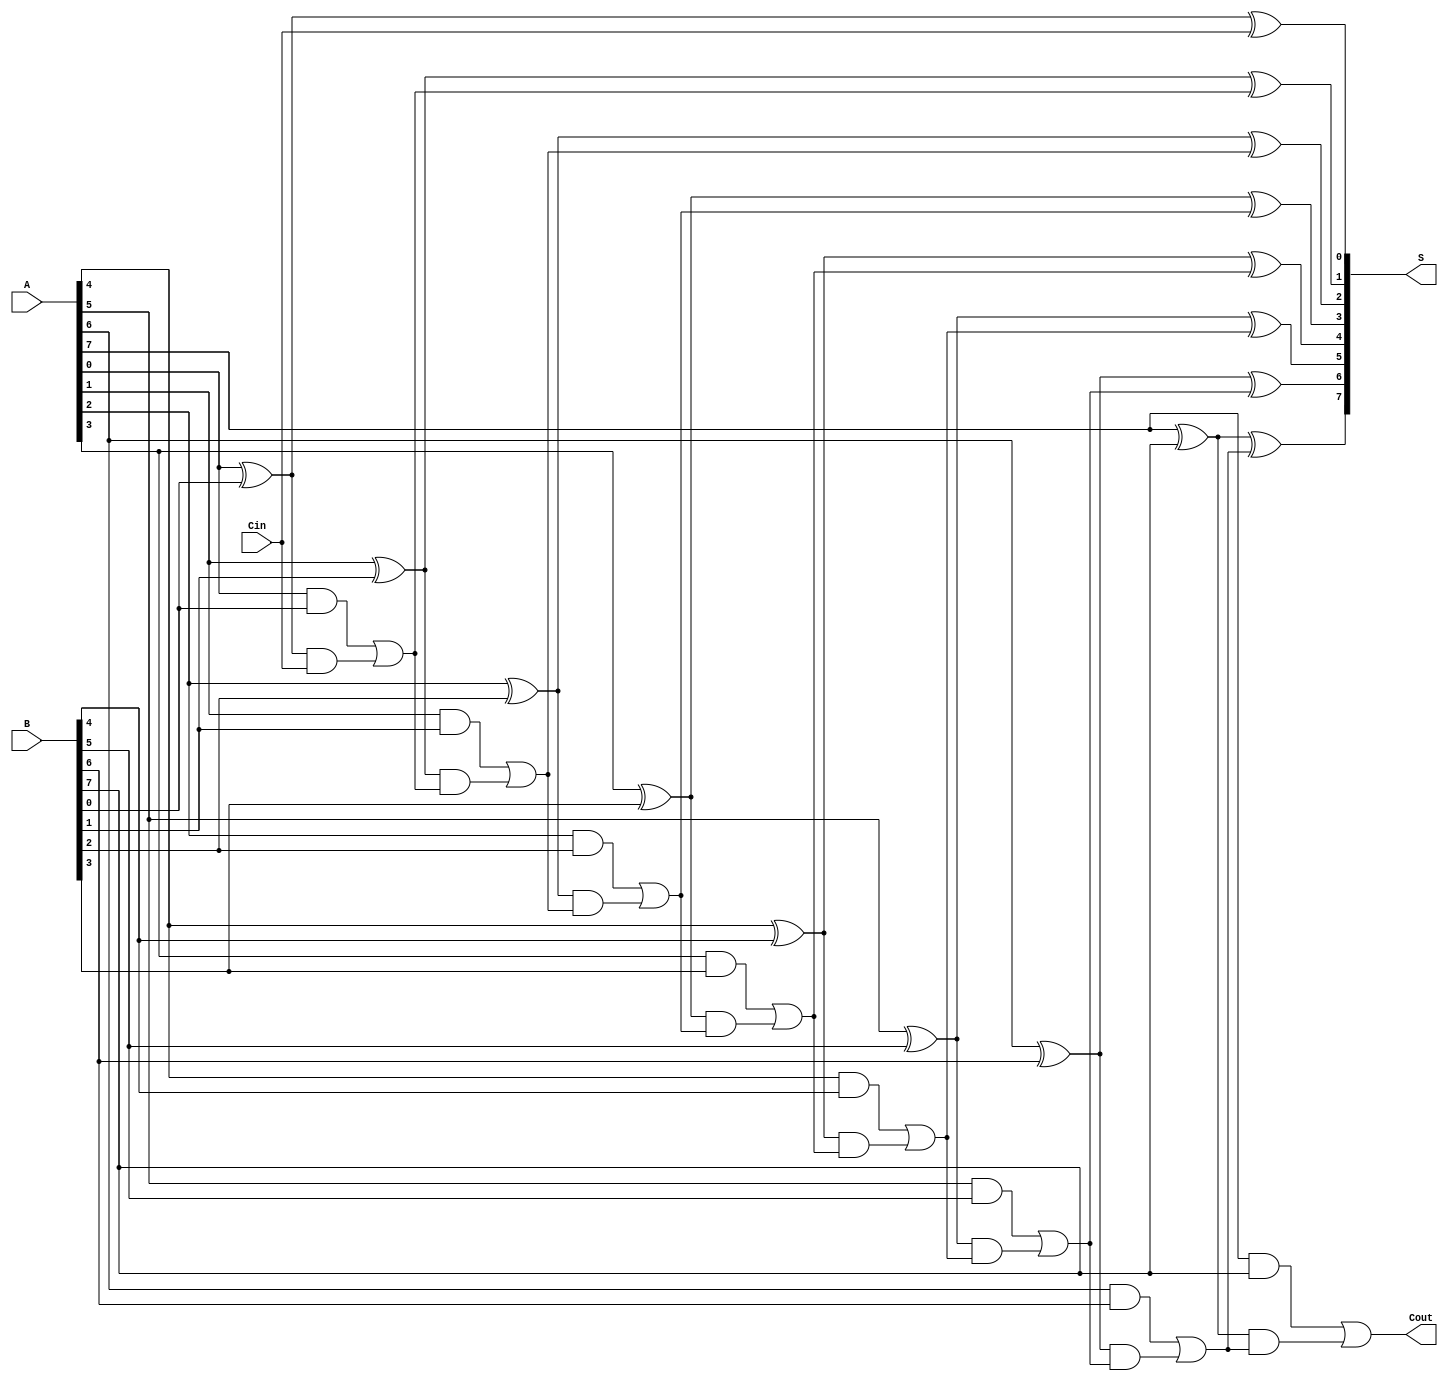
module SklanskyAdder #(
    parameter N = 8 // Width of the input binary numbers
)(
    input [N-1:0] A, // First input
    input [N-1:0] B, // Second input
    input Cin,       // Carry-in
    output [N-1:0] S, // Sum output
    output Cout      // Carry-out
);

// Intermediate signals
wire [N-1:0] G; // Generate signals
wire [N-1:0] P; // Propagate signals
wire [N:0] C;   // Carry signals

// Generate and Propagate calculations
genvar i;
generate
    for (i = 0; i < N; i = i + 1) begin : gen_and_propagate
        assign G[i] = A[i] & B[i]; // Generate
        assign P[i] = A[i] ^ B[i]; // Propagate
    end
endgenerate

// Carry calculations
assign C[0] = Cin; // Initial carry input
assign C[1] = G[0] | (P[0] & C[0]); // C[1]

// Level 1 carries
generate
    for (i = 2; i <= N; i = i + 1) begin : carry_calc
        assign C[i] = G[i-1] | (P[i-1] & C[i-1]); // C[i]
    end
endgenerate

// Sum calculations
generate
    for (i = 0; i < N; i = i + 1) begin : sum_calc
        assign S[i] = P[i] ^ C[i]; // S[i]
    end
endgenerate

// Final carry-out
assign Cout = C[N];

endmodule